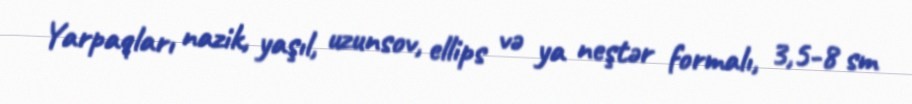
Yarpaqları nazik, yaşıl, uzunsov, ellips və ya neştər formalı, 3,5-8 sm